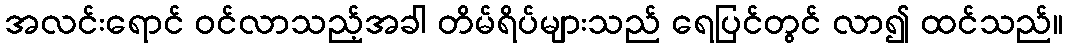
အလင်းရောင် ဝင်လာသည့်အခါ တိမ်ရိပ်များသည် ရေပြင်တွင် လာ၍ ထင်သည်။